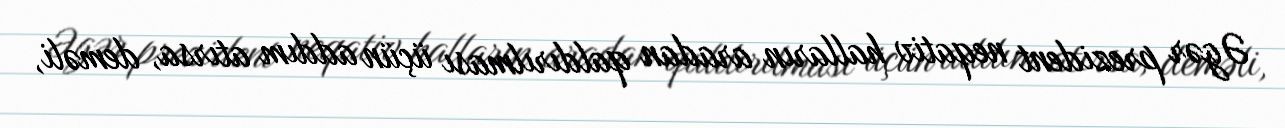
Əgər prezident neqativ halların aradan qaldırılması üçün addım atırsa, deməli,